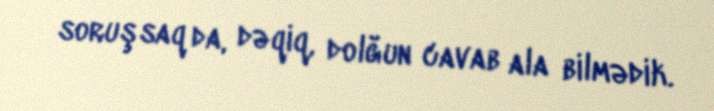
soruşsaq da, dəqiq, dolğun cavab ala bilmədik.